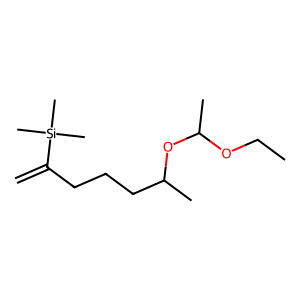
SMILES: C=C(CCCC(C)OC(C)OCC)[Si](C)(C)C
Inhibits HIV replication: No